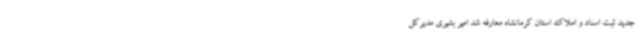
جدید ثبت اسناد و املاک استان کرمانشاه معارفه شد امیر بشیری مدیرکل